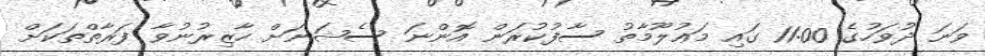
ވަނަ ދުވަހުގެ 11:00 ގައި މަޢުލޫމާތު ސާފުކުރަން އޮންނަ ސެޝަނަށް ހާޒިރުނުވާ ފަރާތްތަކަށް